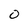
Character: 0